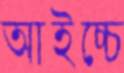
আইচ্চে